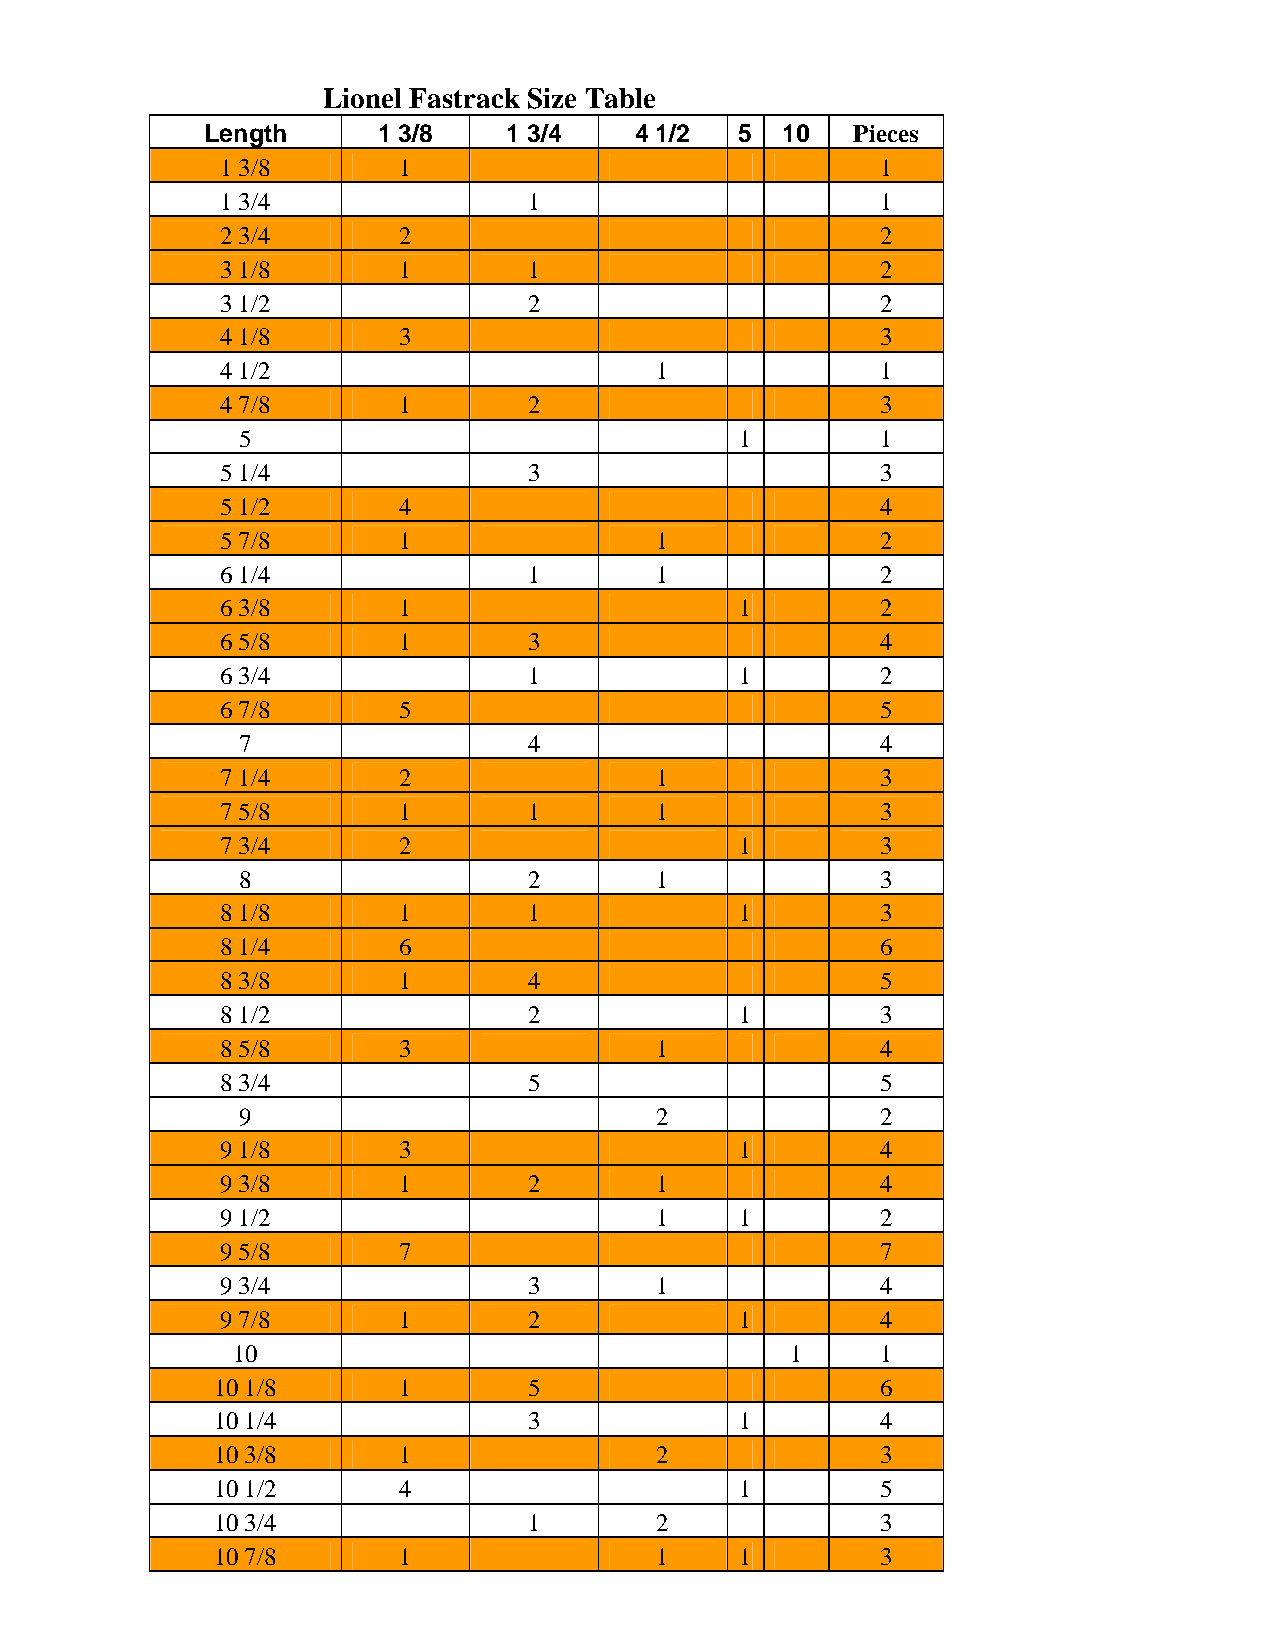
Lionel Fastrack Size Table
 Length     1 3/8    1 3/4   4 1/2  5  10   Pieces
 1 3/8      1                               1
 1 3/4               1                      1
 2 3/4      2                               2
 3 1/8      1        1                      2
 3 1/2               2                      2
 4 1/8      3                               3
 4 1/2                       1              1
 4 7/8      1        2                      3
 5                                1        1
 5 1/4               3                      3
 5 1/2      4                               4
 5 7/8      1                1              2
 6 1/4               1       1              2
 6 3/8      1                      1        2
 6 5/8      1        3                      4
 6 3/4               1             1        2
 6 7/8      5                               5
 7                  4                      4
 7 1/4      2                1              3
 7 5/8      1        1       1              3
 7 3/4      2                      1        3
 8                  2       1              3
 8 1/8      1        1             1        3
 8 1/4      6                               6
 8 3/8      1        4                      5
 8 1/2               2             1        3
 8 5/8      3                1              4
 8 3/4               5                      5
 9                          2              2
 9 1/8      3                      1        4
 9 3/8      1        2       1              4
 9 1/2                       1     1        2
 9 5/8      7                               7
 9 3/4               3       1              4
 9 7/8      1        2             1        4
 10                                   1     1
 10 1/8      1        5                      6
 10 1/4               3             1        4
 10 3/8      1                2              3
 10 1/2      4                      1        5
 10 3/4               1       2              3
 10 7/8      1                1     1        3